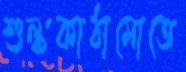
শুল্ককাঠামোতে